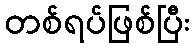
တစ်ရပ်ဖြစ်ပြီး